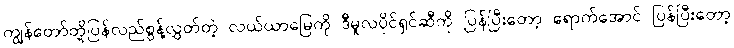
ကျွန်တော်တို့ပြန်လည်စွန့်လွှတ်တဲ့ လယ်ယာမြေကို ဒီမူလပိုင်ရှင်ဆီကို ပြန်ပြီးတော့ ရောက်အောင် ပြန်ပြီးတော့